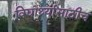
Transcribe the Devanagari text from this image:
विद्यार्थ्यांसाठीच